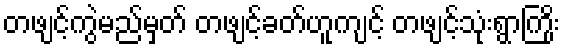
တဖျင့်ကွဲမည်မှတ် တဖျင့်ခတ်ဟူကျင့် တဖျင့်သုံးရွာကြိုး